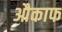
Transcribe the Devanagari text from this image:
औकाफ